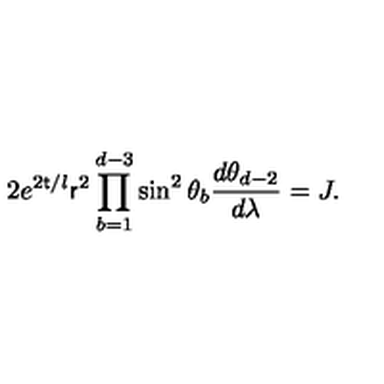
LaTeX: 2 e ^ { 2 { \sf t } / l } { \sf r } ^ { 2 } \prod _ { b = 1 } ^ { d - 3 } \sin ^ { 2 } \theta _ { b } \frac { d \theta _ { d - 2 } } { d \lambda } = J .